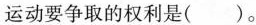
运动要争取的权利是()。